Plague in India, 1896, 1897 - Volume 3
Year: 1896
Disease focus: Plague
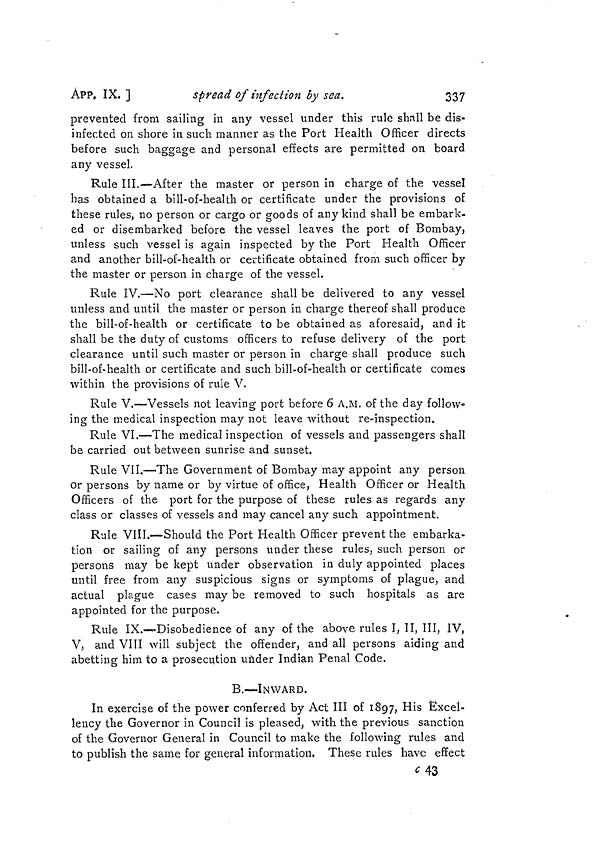
ÀPP. IX. ]
spread of infection by sea.
337
prevented from sailing in any vessel under this rule shall be dis-
infected on shore in such manner as the Port Health Officer directs
before such baggage and personal effects are permitted on board
any vessel.
Rule III.—After the master or person in charge of the vessel
has obtained a bill-of-health or certificate under the provisions of
these rules, no person or cargo or goods of any kind shall be embark-
ed or disembarked before the vessel leaves the port of Bombay,
unless such vessel is again inspected by the Port Health Officer
and another bill-of-health or certificate obtained from such officer by
the master or person in charge of the vessel.
Rule IV.—No port clearance shall be delivered to any vessel
unless and until the master or person in charge thereof shall produce
the bill-of-health or certificate to be obtained as aforesaid, and it
shall be the duty of customs officers to refuse delivery of the port
clearance until such master or person in charge shall produce such
bill-of-health or certificate and such bill-of-health or certificate comes
within the provisions of rule V.
Rule V.—Vessels not leaving port before 6 A.M. of the day follow-
ing the medical inspection may not leave without re-inspection.
Rule VI.—The medical inspection of vessels and passengers shall
be carried out between sunrise and sunset.
Rule VII.—The Government of Bombay may appoint any person
or persons by name or by virtue of office, Health Officer or Health
Officers of the port for the purpose of these rules as regards any
class or classes of vessels and may cancel any such appointment.
Rule VIII.—Should the Port Health Officer prevent the embarka-
tion or sailing of any persons under these rules, such person or
persons may be kept under observation in duly appointed places
until free from any suspicious signs or symptoms of plague, and
actual plague cases may be removed to such hospitals as are
appointed for the purpose.
Rule IX.—Disobedience of any of the above rules I, II, III, IV,
V, and VIII will subject the offender, and all persons aiding and
abetting him to a prosecution under Indian Penal Code.
B.—ÎNWARD.
In exercise of the power conferred by Act III of 1897, His Excel-
lency the Governor in Council is pleased, with the previous sanction
of the Governor General in Council to make the following rules and
to publish the same for general information. These rules have effect
43